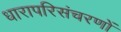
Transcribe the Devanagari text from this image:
धारापरिसंचरणों